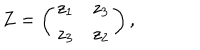
Z = \left( \begin{array} { c r c } { { z _ { 1 } } } & { { z _ { 3 } } } \\ { { z _ { 3 } } } & { { z _ { 2 } } } \\ \end{array} \right) ,